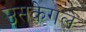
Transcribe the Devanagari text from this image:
उसकेगले